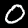
Label: 0